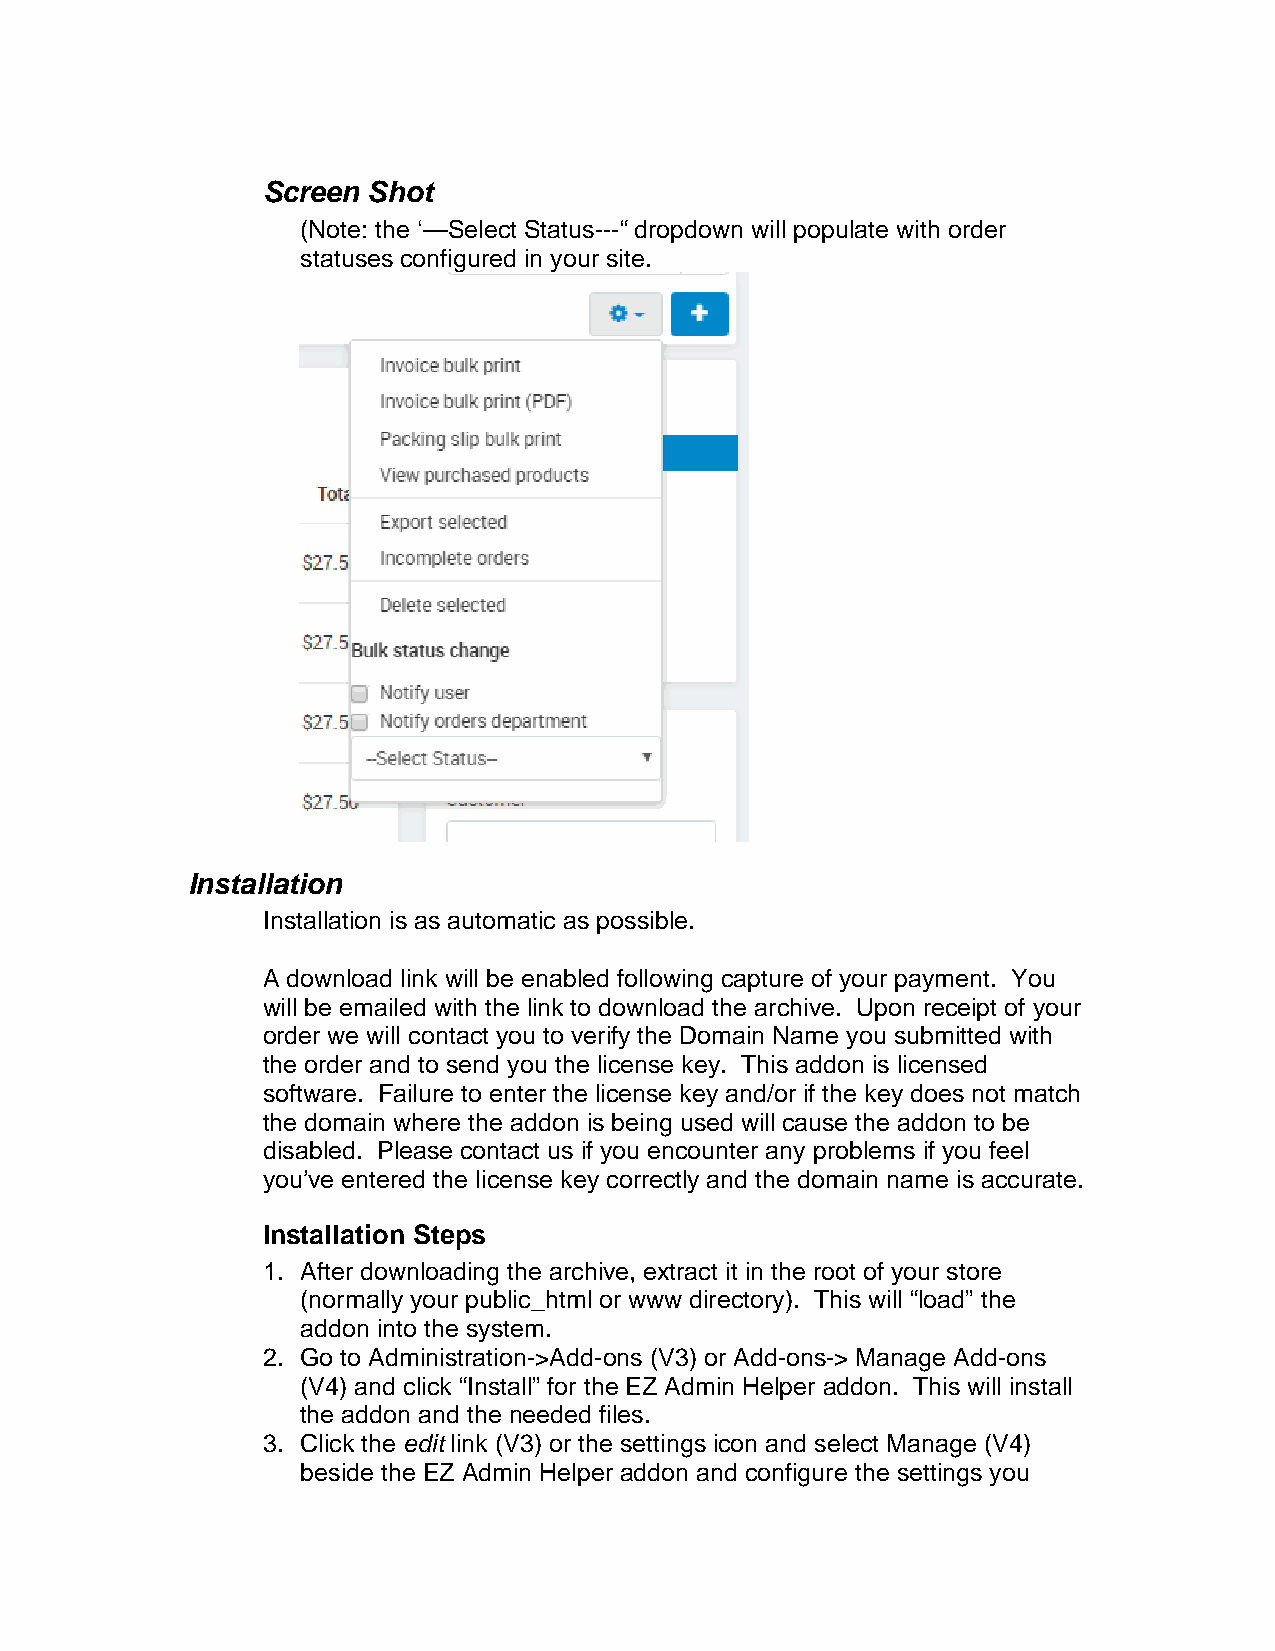
Screen Shot
 (Note: the ‘—Select Status---“ dropdown will populate with order
 statuses configured in your site.
 Installation
 Installation is as automatic as possible.
 A download link will be enabled following capture of your payment. You
 will be emailed with the link to download the archive. Upon receipt of your
 order we will contact you to verify the Domain Name you submitted with
 the order and to send you the license key. This addon is licensed
 software. Failure to enter the license key and/or if the key does not match
 the domain where the addon is being used will cause the addon to be
 disabled. Please contact us if you encounter any problems if you feel
 you’ve entered the license key correctly and the domain name is accurate.
 Installation Steps
 1. After downloading the archive, extract it in the root of your store
 (normally your public_html or www directory). This will “load” the
 addon into the system.
 2. Go to Administration->Add-ons (V3) or Add-ons-> Manage Add-ons
 (V4) and click “Install” for the EZ Admin Helper addon. This will install
 the addon and the needed files.
 3. Click the edit link (V3) or the settings icon and select Manage (V4)
 beside the EZ Admin Helper addon and configure the settings you